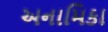
અનામિકા